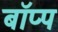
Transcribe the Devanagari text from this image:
बॉप्प